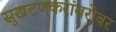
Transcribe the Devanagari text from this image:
सुखटणकरांबरोबर